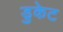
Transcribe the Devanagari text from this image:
डुकेट